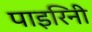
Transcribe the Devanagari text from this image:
पाइरिनी